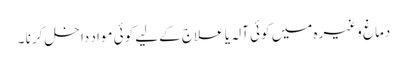
دماغ وغیرہ میں کوئی آلہ یا علاج کےلیے کوئی مواد داخل کرنا ۔